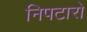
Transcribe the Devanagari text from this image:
निपटारो